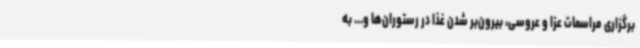
برگزاری مراسمات عزا و عروسی، بیرون‌بر شدن غذا در رستوران‌ها و... به